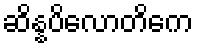
ဆိန္နပိလောတိကေ